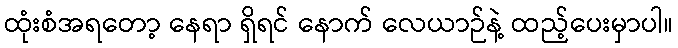
ထုံးစံအရတော့ နေရာ ရှိရင် နောက် လေယာဉ်နဲ့ ထည့်ပေးမှာပါ။